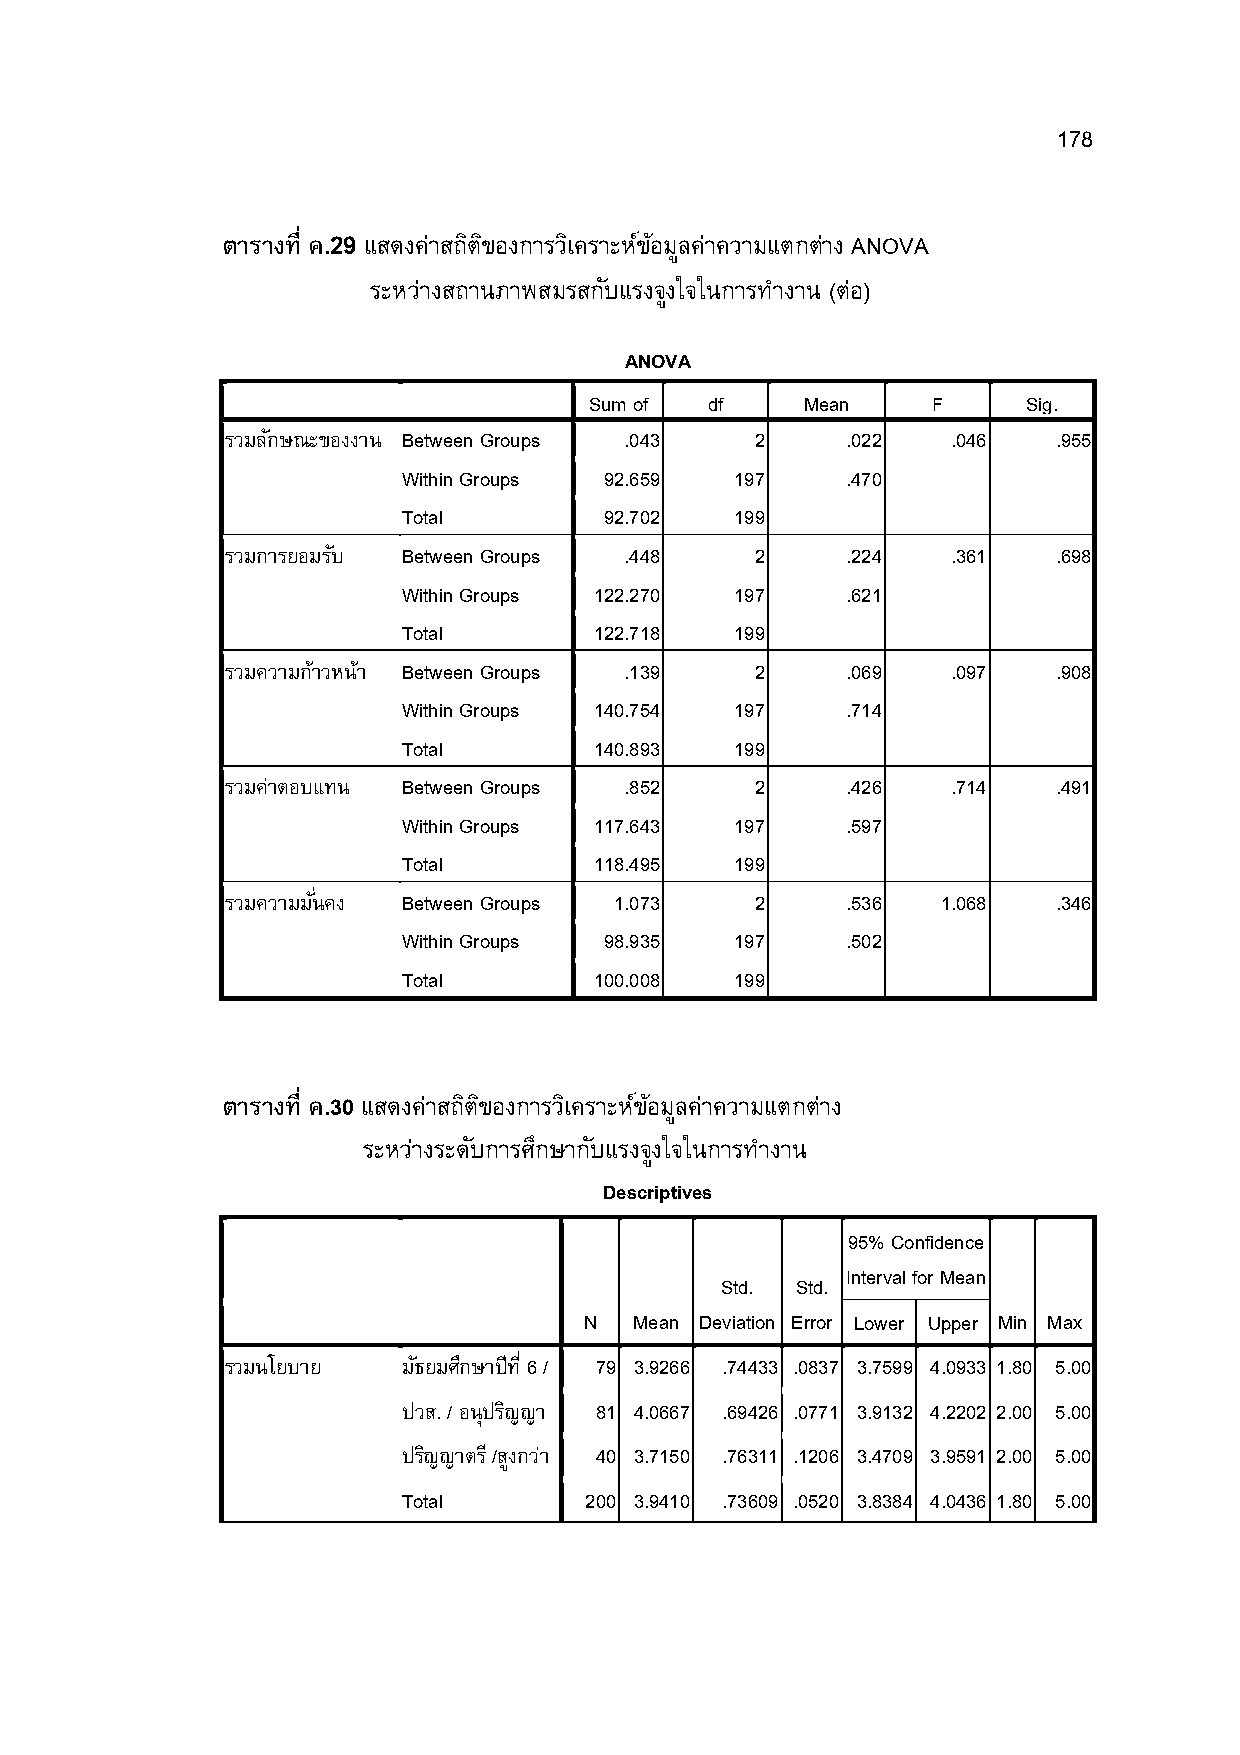
178
 ตารางที ค.29 แสดงค่าสถติ ขิ องการวเิ คราะหข์ อ้ มลู ค่าความแตกต่าง ANOVA
 ระหว่างสถานภาพสมรสกบั แรงจงู ใจในการทาํ งาน (ต่อ)
 ANOVA
 Sum of  df    Mean     F     Sig.
 รวมลกั ษณะของงาน Between Groups .043 2   .022   .046   .955
 Within Groups 92.659  197    .470
 Total        92.702   199
 รวมการยอมรบั Between Groups .448   2     .224   .361   .698
 Within Groups 122.270 197    .621
 Total       122.718   199
 รวมความกา้ วหน้า Between Groups .139 2   .069   .097   .908
 Within Groups 140.754 197    .714
 Total       140.893   199
 รวมคา่ ตอบแทน Between Groups .852  2     .426   .714   .491
 Within Groups 117.643 197    .597
 Total       118.495   199
 รวมความมนัM คง Between Groups 1.073 2    .536  1.068   .346
 Within Groups 98.935  197    .502
 Total       100.008   199
 ตารางที ค.30 แสดงค่าสถติ ขิ องการวเิ คราะหข์ อ้ มลู ค่าความแตกต่าง
 ระหว่างระดบั การศกึ ษากบั แรงจงู ใจในการทํางาน
 Descriptives
 95% Confidence
 Interval for Mean
 Std. Std.
 N  Mean Deviation Error Lower Upper Min Max
 รวมนโยบาย   มธั ยมศกึ ษาปีท Mี6 / 79 3.9266 .74433 .0837 3.7599 4.0933 1.80 5.00
 ปวส. / อนุปรญิ ญา 81 4.0667 .69426 .0771 3.9132 4.2202 2.00 5.00
 ปรญิ ญาตร ี/สงู กวา่ 40 3.7150 .76311 .1206 3.4709 3.9591 2.00 5.00
 Total       200 3.9410 .73609 .0520 3.8384 4.0436 1.80 5.00